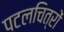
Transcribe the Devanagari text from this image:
पटलचित्रों